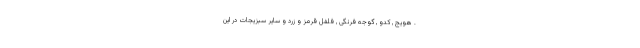
. هویج , کدو , گوجه فرنگی , فلفل قرمز و زرد و سایر سبزیجات در این